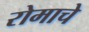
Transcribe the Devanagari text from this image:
रोमाचे